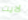
لايت